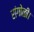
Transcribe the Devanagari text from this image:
रांगोळी।